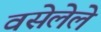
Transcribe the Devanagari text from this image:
वसेलेले